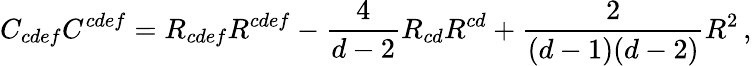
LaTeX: C_{cdef}C^{cdef}=R_{cdef}R^{cdef}-{\frac{4}{d-2}}R_{cd}R^{cd}+{\frac{2}{(d-1)(d-2)}}R^{2}\, ,